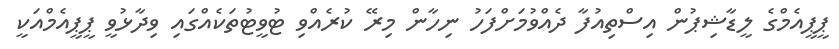
ޕީޕީއެމްގެ ލީޑާޝިޕުން އިސްތިއުފާ ދެއްވުމަށްފަހު ނިހާން މިރޭ ކުރެއްވި ޓުވީޓުތަކެއްގައި ވިދާޅުވީ ޕީޕީއެމްއަކީ